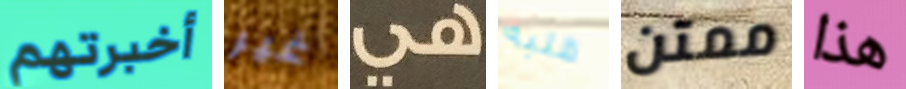
أخبرتهم غير هي قلبه ممتن هذا